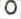
o